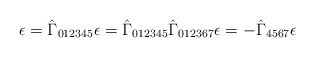
\begin{align*}\epsilon = \hat{\Gamma}_{012345} \epsilon = \hat{\Gamma}_{012345} \hat{\Gamma}_{012367} \epsilon = -\hat{\Gamma}_{4567} \epsilon\end{align*}